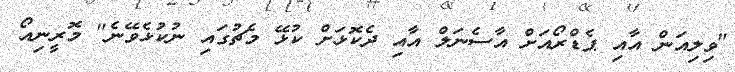
"ވިލިއަން އާއި ޕެޑްރޯއަށް އާސެނަލް އާއި ދެކޮޅަށް ކުޅޭ މެޗުގައި ނުކުޅެވޭނެ" މޮރީނިއޯ